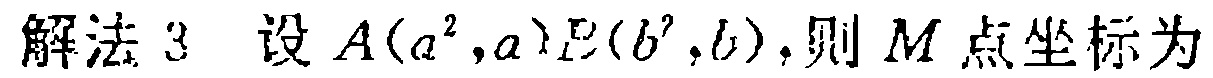
解法 3 设 \(A(a^{2},a),B(b^{2},b)\)，则 \(M\) 点坐标为